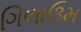
ગિલાઉમ